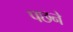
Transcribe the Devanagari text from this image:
पछने